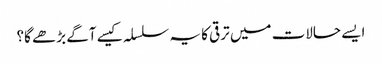
ایسے حالات میں ترقی کا یہ سلسلہ کیسے آگے بڑھے گا؟